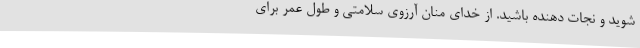
شوید و نجات دهنده باشید. از خدای منان آرزوی سلامتی و طول عمر برای